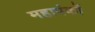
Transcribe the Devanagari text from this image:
महापंकों